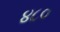
૪૮૦